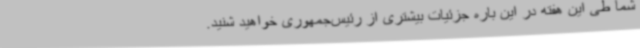
شما طی این هفته در این باره جزئیات بیشتری از رئیس‌جمهوری خواهید شنید.